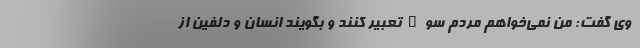
وی گفت: من نمی‌خواهم مردم سوءتعبیر کنند و بگویند انسان و دلفین از